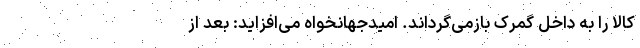
کالا را به داخل گمرک بازمی‌گرداند. امیدجهانخواه می‌افزاید: بعد از